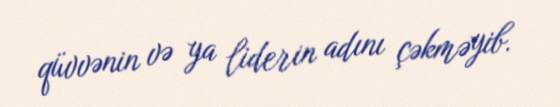
qüvvənin və ya liderin adını çəkməyib.